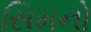
સિમનો